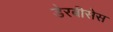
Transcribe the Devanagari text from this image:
डेरबीसेस